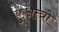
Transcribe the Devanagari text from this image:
कुअत्त्रो